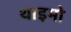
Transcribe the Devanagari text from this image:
थाइमो